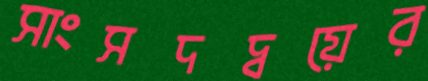
সাংসদদ্বয়ের